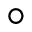
^ { \circ }